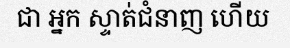
ជា អ្នក ស្ទាត់ជំនាញ ហើយ